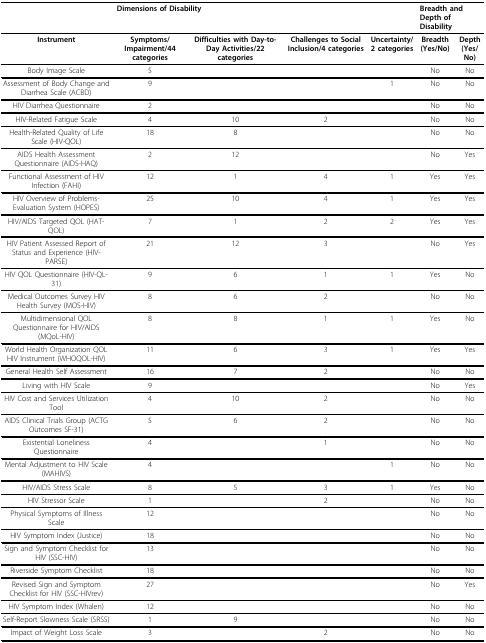
<table><thead><tr><td></td><td colspan="4"><b>Dimensions of Disability</b></td><td colspan="2"><b>Breadth and Depth of Disability</b></td></tr></thead><tbody><tr><td><b>Instrument</b></td><td><b>Symptoms/Impairment/44 categories</b></td><td><b>Difficulties with Day-to-Day Activities/22 categories</b></td><td><b>Challenges to Social Inclusion/4 categories</b></td><td><b>Uncertainty/2 categories</b></td><td><b>Breadth (Yes/No)</b></td><td><b>Depth (Yes/No)</b></td></tr><tr><td>Body Image Scale</td><td>5</td><td></td><td></td><td></td><td>No</td><td>No</td></tr><tr><td>Assessment of Body Change and Diarrhea Scale (ACBD)</td><td>9</td><td></td><td></td><td>1</td><td>No</td><td>No</td></tr><tr><td>HIV Diarrhea Questionnaire</td><td>2</td><td></td><td></td><td></td><td>No</td><td>No</td></tr><tr><td>HIV-Related Fatigue Scale</td><td>4</td><td>10</td><td>2</td><td></td><td>No</td><td>No</td></tr><tr><td>Health-Related Quality of Life Scale (HIV-QOL)</td><td>18</td><td>8</td><td></td><td></td><td>No</td><td>No</td></tr><tr><td>AIDS Health Assessment Questionnaire (AIDS-HAQ)</td><td>2</td><td>12</td><td></td><td></td><td>No</td><td>Yes</td></tr><tr><td>Functional Assessment of HIV Infection (FAHI)</td><td>12</td><td>1</td><td>4</td><td>1</td><td>Yes</td><td>Yes</td></tr><tr><td>HIV Overview of Problems-Evaluation System (HOPES)</td><td>25</td><td>10</td><td>4</td><td>1</td><td>Yes</td><td>Yes</td></tr><tr><td>HIV/AIDS Targeted QOL (HAT-QOL)</td><td>7</td><td>1</td><td>2</td><td>2</td><td>Yes</td><td>Yes</td></tr><tr><td>HIV Patient Assessed Report of Status and Experience (HIV-PARSE)</td><td>21</td><td>12</td><td>3</td><td></td><td>No</td><td>Yes</td></tr><tr><td>HIV QOL Questionnaire (HIV-QL-31)</td><td>9</td><td>6</td><td>1</td><td>1</td><td>Yes</td><td>No</td></tr><tr><td>Medical Outcomes Survey HIV Health Survey (MOS-HIV)</td><td>8</td><td>6</td><td>2</td><td></td><td>No</td><td>No</td></tr><tr><td>Multidimensional QOL Questionnaire for HIV/AIDS (MQoL-HIV)</td><td>8</td><td>8</td><td>1</td><td>1</td><td>Yes</td><td>No</td></tr><tr><td>World Health Organization QOL HIV Instrument (WHOQOL-HIV)</td><td>11</td><td>6</td><td>3</td><td>1</td><td>Yes</td><td>Yes</td></tr><tr><td>General Health Self Assessment</td><td>16</td><td>7</td><td>2</td><td></td><td>No</td><td>No</td></tr><tr><td>Living with HIV Scale</td><td>9</td><td></td><td></td><td></td><td>No</td><td>Yes</td></tr><tr><td>HIV Cost and Services Utilization Tool</td><td>4</td><td>10</td><td>2</td><td></td><td>No</td><td>No</td></tr><tr><td>AIDS Clinical Trials Group (ACTG Outcomes SF-31)</td><td>5</td><td>6</td><td>2</td><td></td><td>No</td><td>No</td></tr><tr><td>Existential Loneliness Questionnaire</td><td>4</td><td></td><td>1</td><td></td><td>No</td><td>No</td></tr><tr><td>Mental Adjustment to HIV Scale (MAHIVS)</td><td>4</td><td></td><td></td><td>1</td><td>No</td><td>No</td></tr><tr><td>HIV/AIDS Stress Scale</td><td>8</td><td>5</td><td>3</td><td>1</td><td>Yes</td><td>No</td></tr><tr><td>HIV Stressor Scale</td><td>1</td><td></td><td>2</td><td></td><td>No</td><td>No</td></tr><tr><td>Physical Symptoms of Illness Scale</td><td>12</td><td></td><td></td><td></td><td>No</td><td>No</td></tr><tr><td>HIV Symptom Index (Justice)</td><td>18</td><td></td><td></td><td></td><td>No</td><td>No</td></tr><tr><td>Sign and Symptom Checklist for HIV (SSC-HIV)</td><td>13</td><td></td><td></td><td></td><td>No</td><td>No</td></tr><tr><td>Riverside Symptom Checklist</td><td>18</td><td></td><td></td><td></td><td>No</td><td>No</td></tr><tr><td>Revised Sign and Symptom Checklist for HIV (SSC-HIVrev)</td><td>27</td><td></td><td></td><td></td><td>No</td><td>Yes</td></tr><tr><td>HIV Symptom Index (Whalen)</td><td>12</td><td></td><td></td><td></td><td>No</td><td>No</td></tr><tr><td>Self-Report Slowness Scale (SRSS)</td><td>1</td><td>9</td><td></td><td></td><td>No</td><td>No</td></tr><tr><td>Impact of Weight Loss Scale</td><td>3</td><td></td><td>2</td><td></td><td>No</td><td>No</td></tr></tbody></table>